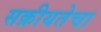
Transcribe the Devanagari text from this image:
सक्रीयतेचा